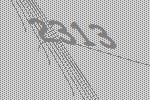
2313